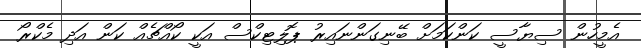
އެމީހުން ސިޔާސީ ކަންކަމަށް ބޭނިގަންނައިރު ޕޮލިޓިކްސް އަކީ ކޯއްޗެއް ކަން އަދި މެކްރޯ